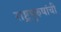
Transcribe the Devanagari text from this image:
राष्ट्रपुरुषांची